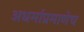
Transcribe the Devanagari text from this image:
अधर्माप्रमाणेच